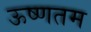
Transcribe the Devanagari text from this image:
ऊष्णतम